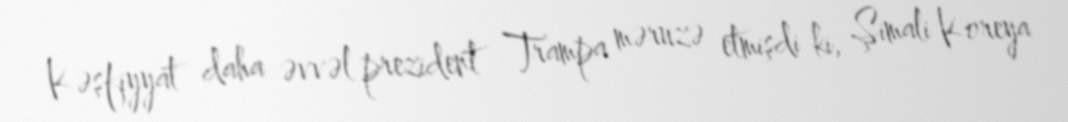
Kəşfiyyat daha əvvəl prezident Trampa məruzə etmişdi ki, Şimali Koreya